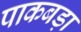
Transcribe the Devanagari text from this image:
पाकबड़ा